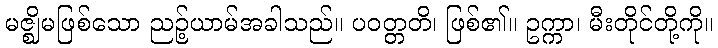
မဇ္ဈိမဖြစ်သော ညဉ့်ယာမ်အခါသည်။ ပဝတ္တတိ၊ ဖြစ်၏။ ဥက္ကာ၊ မီးတိုင်တို့ကို။